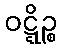
ဝဋ္ဋိဉ္စ